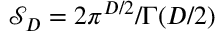
\mathcal { S } _ { D } = 2 \pi ^ { D / 2 } / \Gamma ( D / 2 )